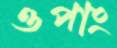
ওপাং